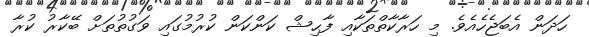
ހަދަން އެބަޖެހެއެވެ. މި ހަރާކާތްތަކާއި ފާޙިޝް ކަންކަން ކުރުމުގައި ވަގުތުތަށް ބޭކާރު ކުރާ